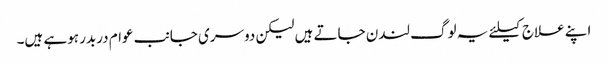
اپنے علاج کیلئے یہ لوگ لندن جاتے ہیں لیکن دوسری جانب عوام دربدر ہوہے ہیں۔